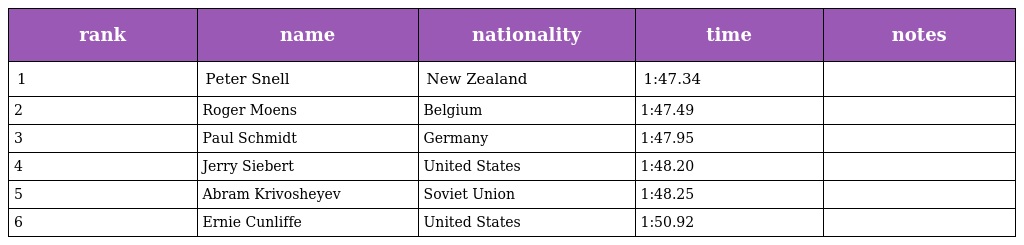
| rank | name | nationality | time | notes |
 | --- | --- | --- | --- | --- |
 | 1 | Peter Snell | New Zealand | 1:47.34 |  |
 | 2 | Roger Moens | Belgium | 1:47.49 |  |
 | 3 | Paul Schmidt | Germany | 1:47.95 |  |
 | 4 | Jerry Siebert | United States | 1:48.20 |  |
 | 5 | Abram Krivosheyev | Soviet Union | 1:48.25 |  |
 | 6 | Ernie Cunliffe | United States | 1:50.92 |  |